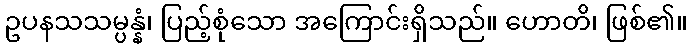
ဥပနသသမ္ပန္နံ၊ ပြည့်စုံသော အကြောင်းရှိသည်။ ဟောတိ၊ ဖြစ်၏။